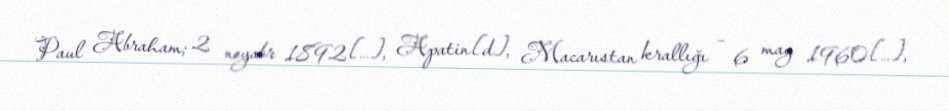
Paul Abraham; 2 noyabr 1892[…], Apatin[d], Macarıstan krallığı – 6 may 1960[…],